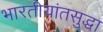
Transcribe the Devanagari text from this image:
भारतीयांतसुद्धा